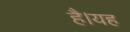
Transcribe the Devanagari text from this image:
हैै।यह